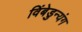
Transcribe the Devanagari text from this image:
विंबेडुन्यंग